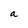
Character: a